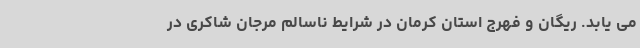
می یابد. ریگان و فهرج استان کرمان در شرایط ناسالم مرجان شاکری در